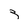
Character: 3